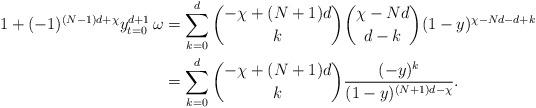
LaTeX: \begin{align*}1+(-1)^{(N-1)d+\chi}y^{d+1}_{t=0}\, \omega&=\sum_{k=0}^{d} \binom {-\chi+(N+1)d}{k}\binom{\chi-Nd}{d-k}(1-y)^{\chi-Nd-d+k}\\&=\sum_{k=0}^{d}\binom{-\chi+(N+1)d}{k}\frac{(-y)^k}{(1-y)^{(N+1)d-\chi}}.\end{align*}